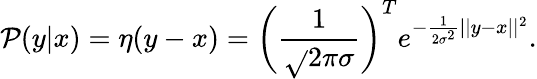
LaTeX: \mathcal{P}(y|x)=\eta(y-x)=\bigg(\frac{{1}}{{\sqrt{}{{2\pi}}\sigma}}\bigg)^{T}e^{-\frac{{1}}{{2\sigma^{2}}}||y-x||^{2}}.